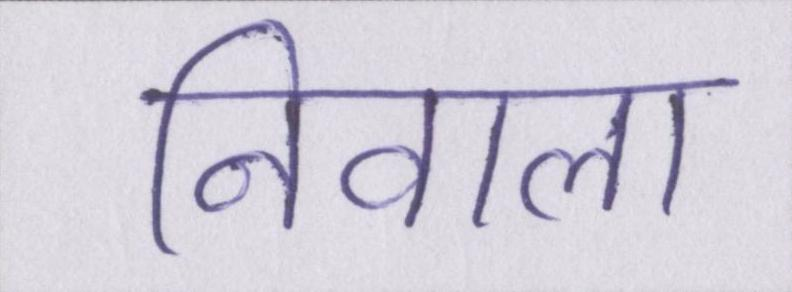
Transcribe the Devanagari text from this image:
निवाला